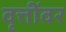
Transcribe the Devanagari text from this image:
वृत्तींवर